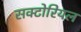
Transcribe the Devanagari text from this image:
सक्टोरियल